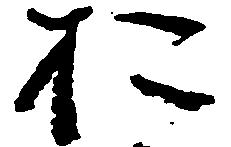
お